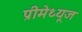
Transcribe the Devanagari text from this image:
प्रीमेथ्यूज